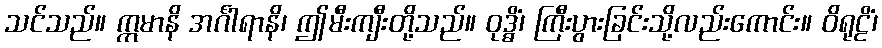
သင်သည်။ ဣမာနိ အင်္ဂါရာနိ၊ ဤမီးကျီးတို့သည်။ ဝုဒ္ဓိံ၊ ကြီးပွားခြင်းသို့လည်းကောင်း။ ဝိရုဠိံ၊